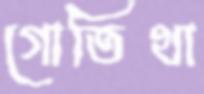
গোতিথা